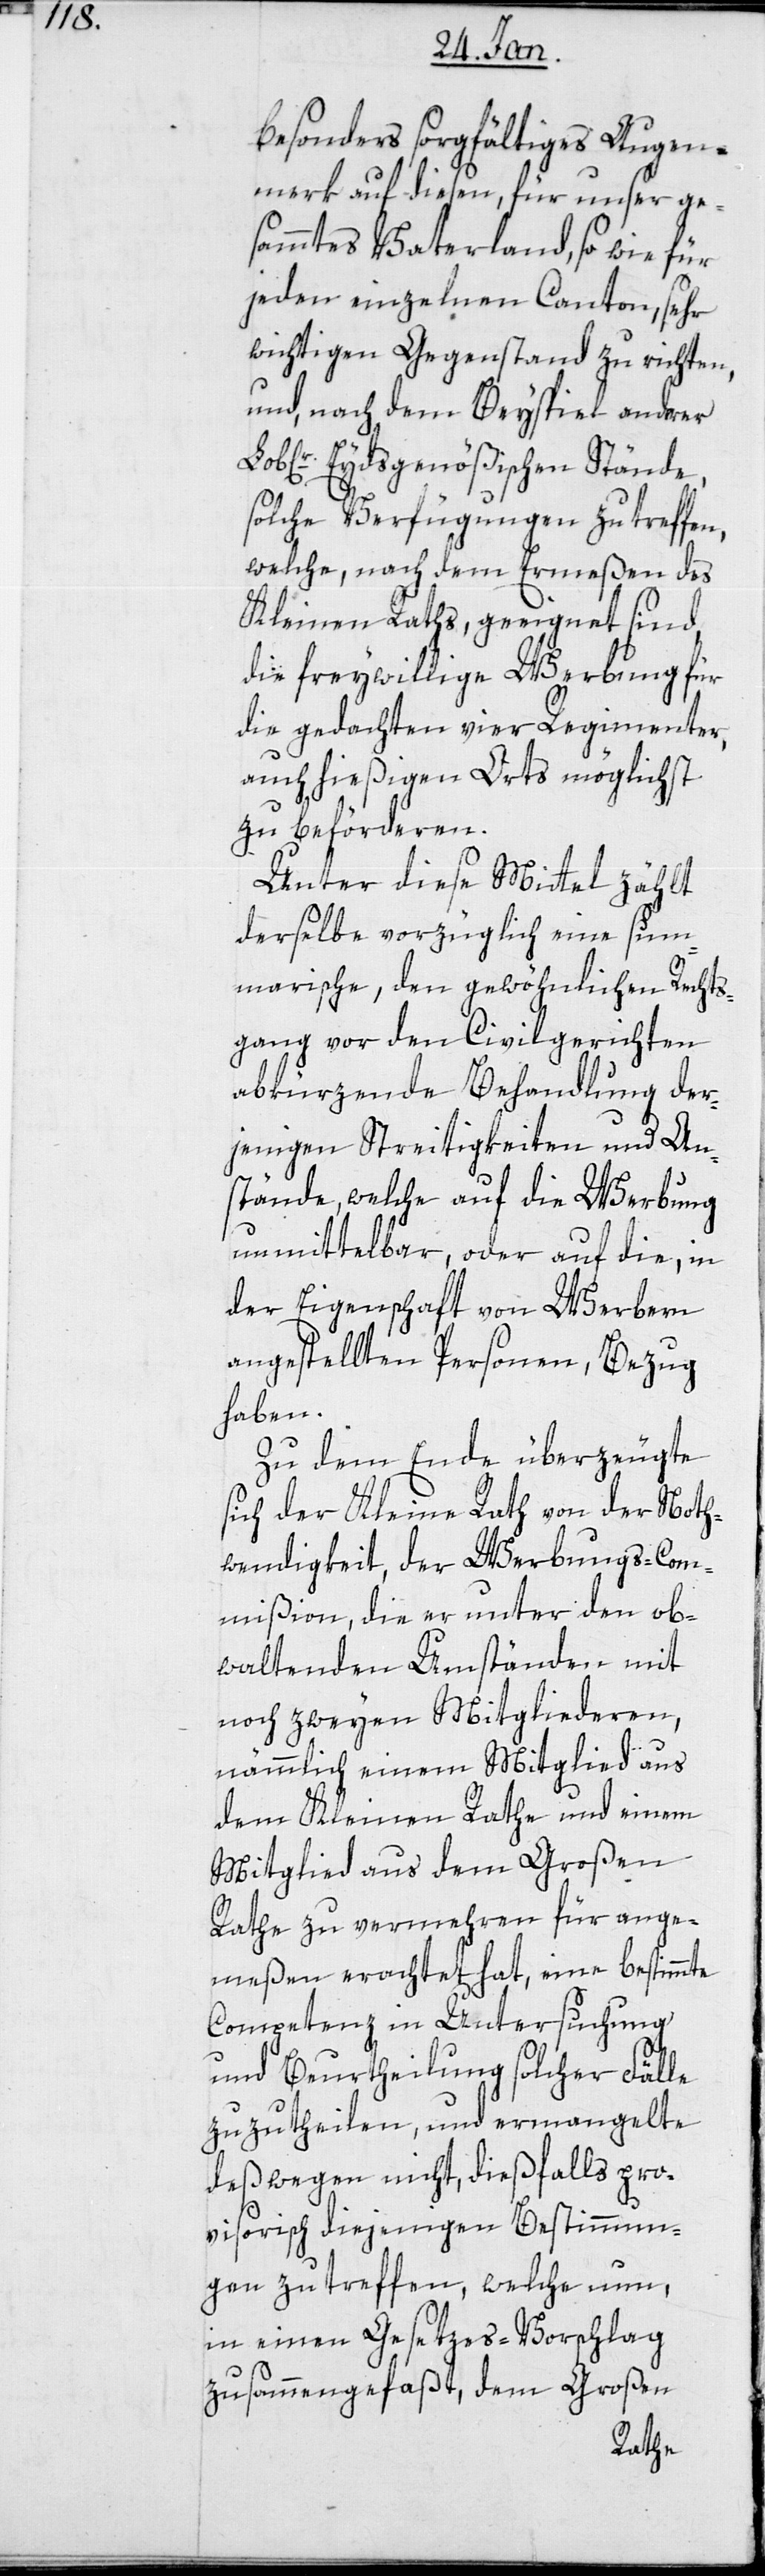
besonders sorgfältiges Augen¬
merk auf diesen, für unser ge¬
sammtes Vaterland, so wie für
jeden einzelnen Canton, sehr
wichtigen Gegenstand zu richten,
und, nach dem Beispiel andrer
Loblr. Eydsgenößischen Stände,
solche Verfügungen zu treffen,
welche, nach dem Ermeßen des
Kleinen Raths, geeignet sind,
die freywillige Werbung für
die gedachten vier Regimenter,
auch hießigen Orts möglichst
zu beförderen.
Unter diese Mittel zählt
derselbe vorzüglich eine sum¬
marische, den gewöhnlichen Rechts¬
gang vor den Civilgerichten
abkürzende Behandlung der¬
jenigen Streitigkeiten und An¬
stände, welche auf die Werbung
unmittelbar, oder auf die, in
der Eigenschaft von Werbern
angestellten Personen, Bezug
haben.
Zu dem Ende überzeugte
sich der Kleine Rath von der Not¬
wendigkeit, der Werbungscom¬
mißion, die er unter den ob¬
waltenden Umständen mit
noch zweyen Mitgliederen,
nämlich einem Mitglied aus
dem Kleinen Rate und einem
Mitglied aus dem Großen
Rathe zu vermehren für ange¬
meßen erachtet hat, eine bestimmte
Competenz in Untersuchung
und Beurtheilung solcher Fälle
zuzutheilen, und ermangelte
deßwegen nicht, diesfalls pro¬
visorisch diejenigen Bestimmun¬
gen zu treffen, welche nun,
in einem Gesetzes-Vorschlag
zusammengefaßt, dem Großen